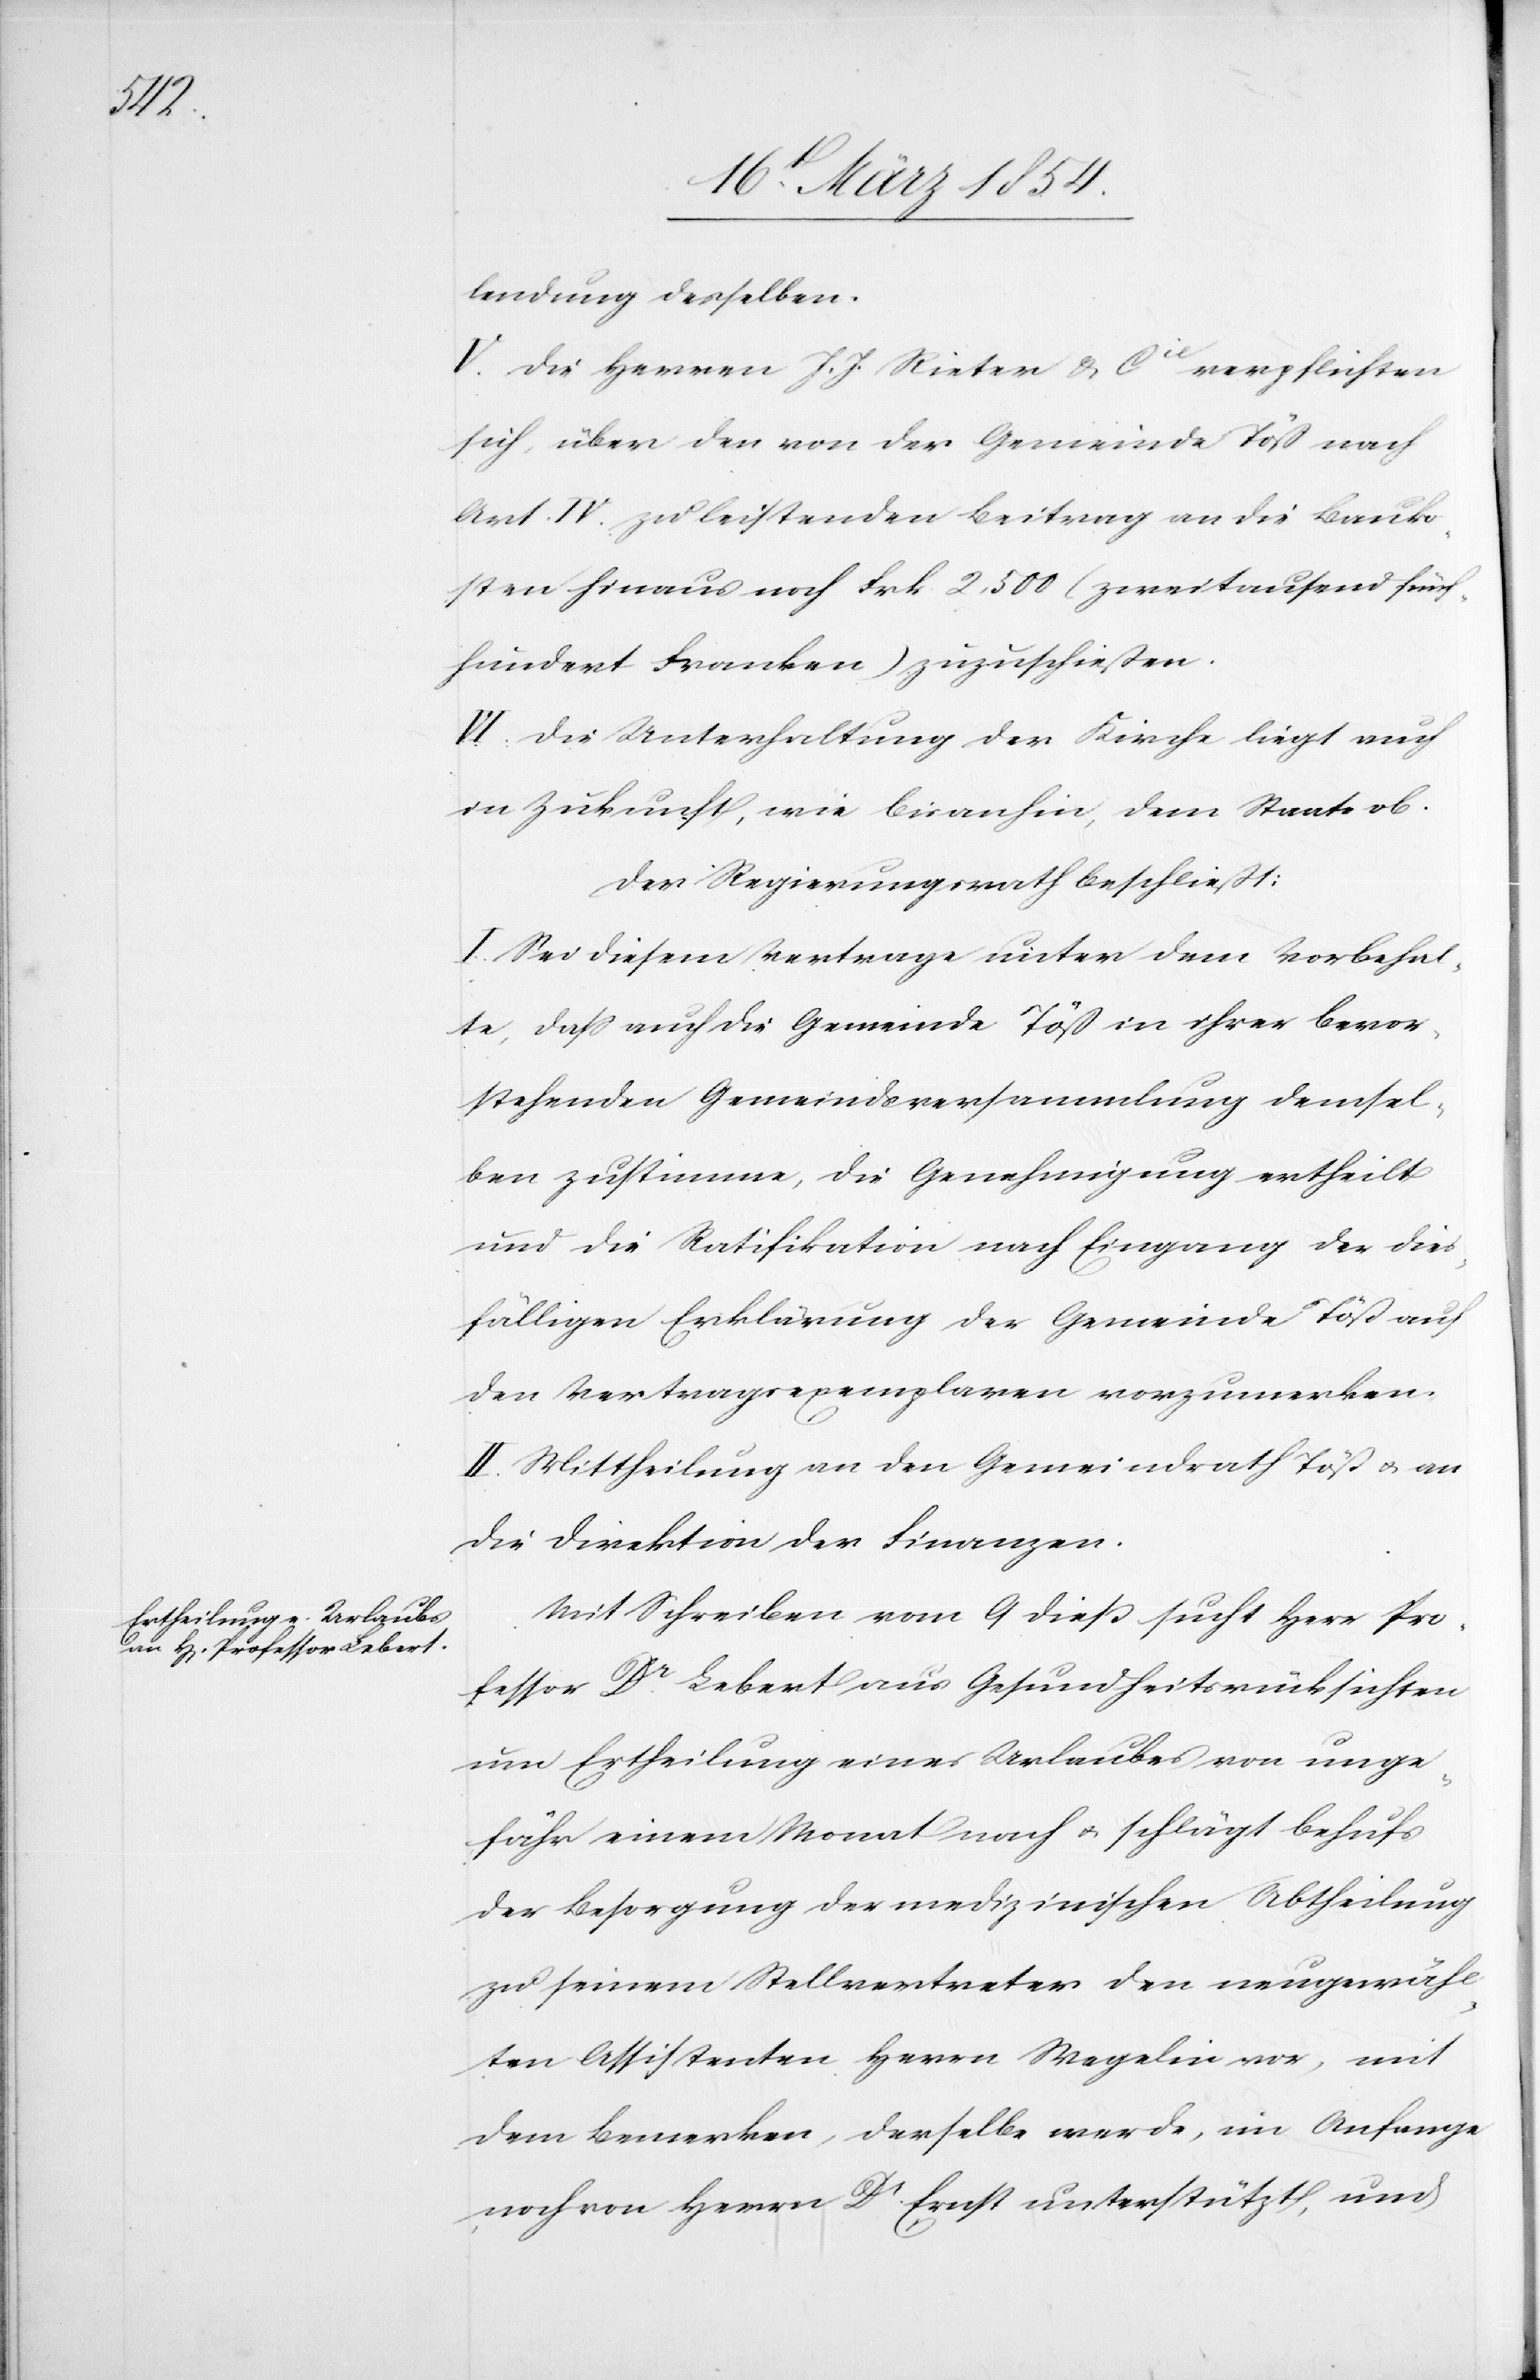
lendung desselben.
V. Die Herren J. J. Rieter & Cie verpflichten
sich, über den von der Gemeinde Töß nach
Art. IV. zu leistenden Beitrag an die Bauko¬
sten hinaus noch Frk. 2,500 (zweitausend fünf¬
hundert Franken) zuzuschießen.
VI. Die Unterhaltung der Kirche liegt auch
in Zukunft, wie bis anhin, dem Staate ob.
Der Regierungsrath beschließt:
I. Sei diesem Vertrage unter dem Vorbehal¬
te, daß auch die Gemeinde Töß in ihrer bevor¬
stehenden Gemeindsversammlung demsel¬
ben zustimme, die Genehmigung ertheilt
und die Ratifikation nach Eingang der dies¬
fälligen Erklärung der Gemeinde Töß auf
den Vertragsexemplaren vorzumerken.
II. Mittheilung an den Gemeindrath Töß u. an
die Direktion der Finanzen.
Mit Schreiben vom 9 dieß sucht Herr Pro¬
fessor Dr Lebert aus Gesundheitsrücksichten
um Ertheilung eines Urlaubes von unge¬
fähr einem Monat nach u. schlägt behufs
der Besorgung der medizinischen Abtheilung
zu seinem Stellvertreter den neugewähl¬
ten Assistenten Herrn Wegelin vor, mit
dem Bemerken, derselbe werde, im Anfange
noch von Herrn Dr Ernst unterstützt, und